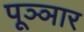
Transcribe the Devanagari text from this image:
पूञ्ञार